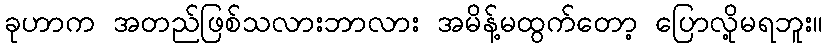
ခုဟာက အတည်ဖြစ်သလားဘာလား အမိန့်မထွက်တော့ ပြောလို့မရဘူး။